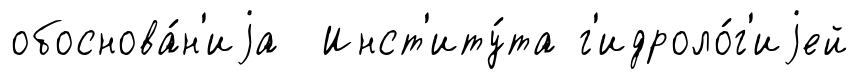
обоснова́н'иjа Инст'иту́та г'идроло́г'иjей